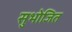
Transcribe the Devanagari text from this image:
सुभोजित